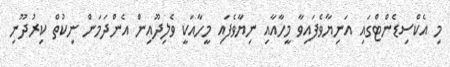
މި އެކްސިޑެންޓްގައި އަނިޔާވެފައިވާ މީހާއާއި ނިޔާވެފައި މީހާއަކީ ވެލިދޫއިން އެންދަމަން ނިކުތް ކިރުދޫނި